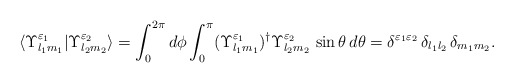
\begin{align*} \langle \Upsilon^{\varepsilon_1}_{l_1 m_1} | \Upsilon^{\varepsilon_2}_{l_2 m_2}\rangle = \int_0^{2\pi} d\phi \int_0^\pi (\Upsilon^{\varepsilon_1}_{l_1 m_1})^\dagger \Upsilon^{\varepsilon_2}_{l_2 m_2}\, \sin \theta\, d\theta = \delta^{\varepsilon_1 \varepsilon_2}\, \delta_{l_1 l_2}\, \delta_{m_1 m_2}.\end{align*}